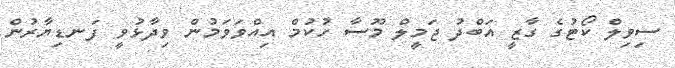
ސިވިލް ކޯޓުގެ ގާޒީ އަބްދު ޖަމީލް މޫސާ ހުކުމް އިއްވަވަމުން ވިދާޅުވީ ފަނޑިޔާރުން